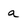
Character: a